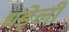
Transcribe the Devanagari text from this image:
धड़ेली